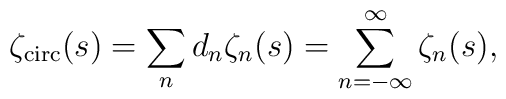
\zeta_{\mbox{\scriptsize circ}}(s)= \sum_{n} d_n \zeta_n(s)=\sum_{n=-\infty}^{\infty} \zeta_n(s),